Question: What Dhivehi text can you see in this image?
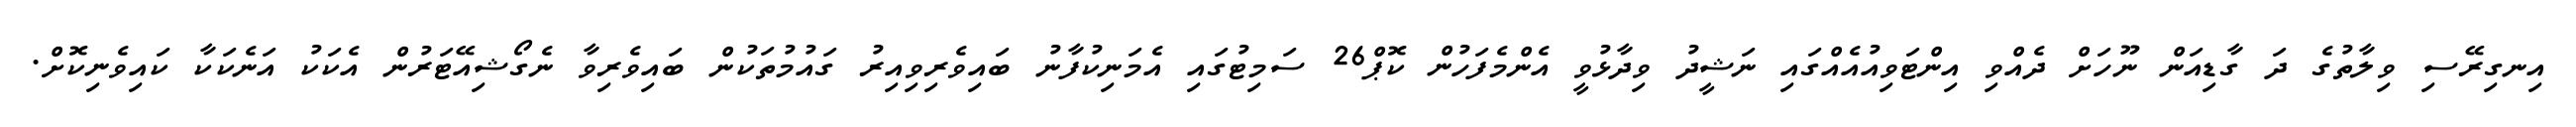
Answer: އިނގިރޭސި ވިލާތުގެ ދަ ގާޑިއަން ނޫހަށް ދެއްވި އިންޓަވިއުއެއްގައި ނަޝީދު ވިދާޅުވީ އެންމެފަހުން ކޮޕް26 ސަމިޓުގައި އެމަނިކުފާނު ބައިވެރިވިއިރު ގައުމުތަކުން ބައިވެރިވާ ނެގޯޝިއޭޓަރުން އެކަކު އަނެކަކާ ކައިވެނިކޮށް.